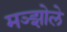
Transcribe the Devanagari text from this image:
मञ्झोले